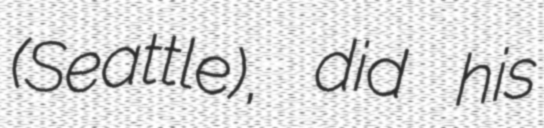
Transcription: (Seattle), did his